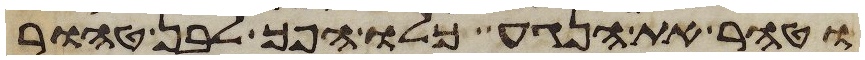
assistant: וטהר את הנגע כלו הפך לבן טהור